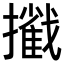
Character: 𢷿